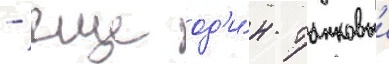
- еще од'и́н танковыи